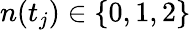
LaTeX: n(t_{j})\in\{ 0,1,2\}